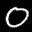
Label: 0